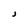
Character: J